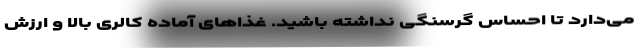
می‌دارد تا احساس گرسنگی نداشته باشید. غذاهای آماده کالری بالا و ارزش